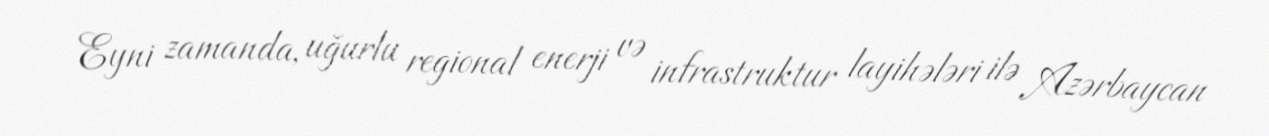
Eyni zamanda, uğurlu regional enerji və infrastruktur layihələri ilə Azərbaycan